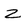
Character: Z